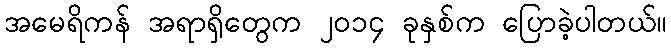
အမေရိကန် အရာရှိတွေက ၂၀၁၄ ခုနှစ်က ပြောခဲ့ပါတယ်။